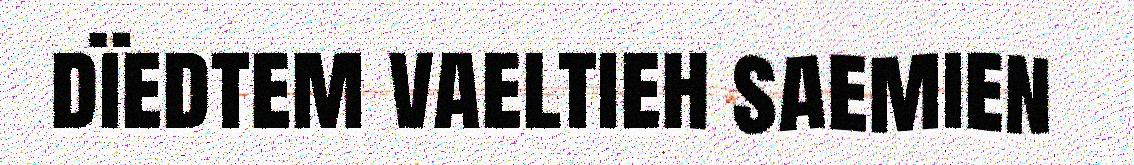
dïedtem vaeltieh saemien